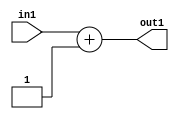
`timescale 1ps / 1ps
/*****************************************************************************
    Verilog RTL Description
    
    
    Created by: Stratus DpOpt 2019.1.01 
*******************************************************************************/

module st_weight_addr_gen_Add2i1u16_4_3 (
	in1,
	out1
	); /* architecture "behavioural" */ 
input [15:0] in1;
output [15:0] out1;
wire [15:0] asc001;

assign asc001 = 
	+(in1)
	+(16'B0000000000000001);

assign out1 = asc001;
endmodule

/* CADENCE  ubHxSQs= : u9/ySgnWtBlWxVPRXgAZ4Og= ** DO NOT EDIT THIS LINE ******/